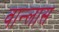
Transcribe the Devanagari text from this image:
वान्लास